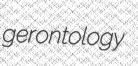
gerontology